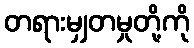
တရားမျှတမှုတို့ကို